Vaccination in Bombay 1924-1928 - 1924-1928
Year: 1924
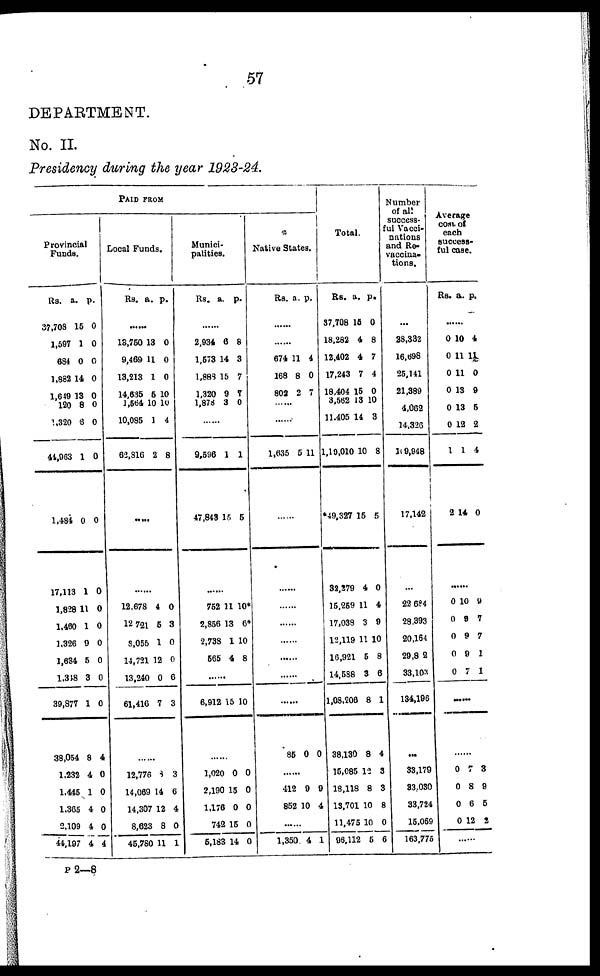
57
DEPARTMENT.
No. II.
Presidency during the year 1923-24.
PAID FROM
Provincial
Funds.
Rs.
37,708
1,597
684
1,882
1,649
120
1,320
44,963
1,484
17,113
1,828
1,480
1,326
1,634
1,318
39,877
38,054
1,232
1,445
1,365
2,109
44,197
a.
15
1
0
14
13
8
6
1
0
1
11
1
9
5
3
1
8
4
1
4
4
4
p.
0
0
0
0
0
0
0
0
0
0
0
0
0
0
0
0
4
0
0
0
0
4
Local Funds.
Rs. a. p.
......
13,750
9,469
13,213
14,635
1,564
10,085
62,816
13
11
1
5
10
1
2
0
0
0
10
10
4
8
......
......
12,678
12,721
3,055
14,721
13,240
61,416
4
5
1
12
0
7
0
3
0
0
6
3
......
12,776
14,069
14,307
8,623
45,780
8
14
12
8
11
3
6
4
0
1
Munici-
palities.
Rs. a. p.
......
2,934
1,573
1,888
1,320
1,878
6
14
15
9
3
8
3
7
7
0
......
9,596
47,848
1
15
1
5
......
752
2,856
2,738
565
11
13
1
4
10*
6*
10
8
......
6,912 15 10
......
1,020
2,190
1,176
742
5,183
0
15
0
15
14
0
0
0
0
0
Native States.
Rs. a. p.
......
......
674
168
802
11
8
2
4
0
7
......
......
1,635 6 11
......
......
......
......
......
......
......
......
85 0 0
......
412
852
9
10
9
4
......
1,350 4 1
Total.
Rs.
37,708
18,282
12,402
17,243
18,404
3,562
11,405
1,19,010
49,327
32,279
15,259
17,038
12,119
16,921
14,588
1,08,206
38,130
15,085
18,118
13,701
11,475
96,112
a.
15
4
4
7
15
3
14
10
15
4
11
3
11
5
3
8
8
12
8
10
10
5
p.
0
8
7
4
0
10
3
8
5
0
4
9
10
8
6
1
4
3
3
8
0
6
Number
of all
success-
ful Vacci-
nations
and Re-
vaccina-
tions.
...
28,332
16,698
25,141
21,389
4,062
14,326
109,948
17,142
...
22,684
28,393
20,164
29,802
33,103
134,196
...
33,179
33,030
33,724
15,069
163,775
Average
cost of
each
success-
ful case.
Rs. a. p.
......
0
0
0
0
0
0
1
2
10
11
11
13
13
12
1
14
4
11
0
9
5
2
4
0
0
0
0
0
0
10
9
9
9
7
9
7
7
1
1
.....
......
0
0
0
0
7
8
6
12
3
9
5
2
......
P 2—8